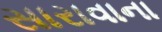
સારાવાના